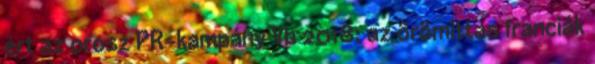
ért az orosz PR-kampány Vb 2018: az örömittas franciák